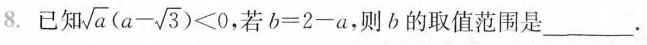
8.已知$$\sqrt{a}( a - \sqrt{3}) < 0$$，若$$b = 2 - a$$，则b的取值范围是___。